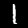
Digit: 1